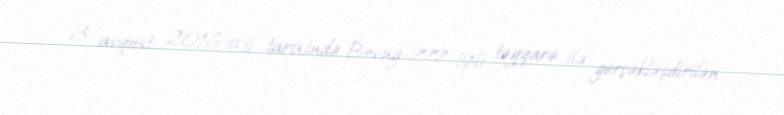
3 avqust 2016-cı il tarixində Boeng 777 tipli təyyarə ilə gerçəkləşdirilən